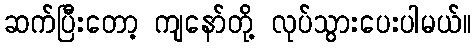
ဆက်ပြီးတော့ ကျနော်တို့ လုပ်သွားပေးပါမယ်။